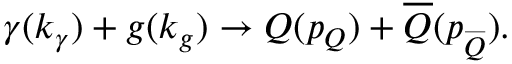
\gamma ( k _ { \gamma } ) + g ( k _ { g } ) \rightarrow Q ( p _ { Q } ) + \overline { { { Q } } } ( p _ { \stackrel { \_ } { Q } } ) .